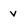
Character: v